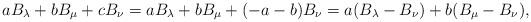
LaTeX: \begin{align*}a B_\lambda + b B_\mu + c B_\nu = a B_\lambda + b B_\mu + (-a-b) B_\nu= a(B_\lambda - B_\nu) + b(B_\mu - B_\nu),\end{align*}